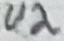
Text: U2